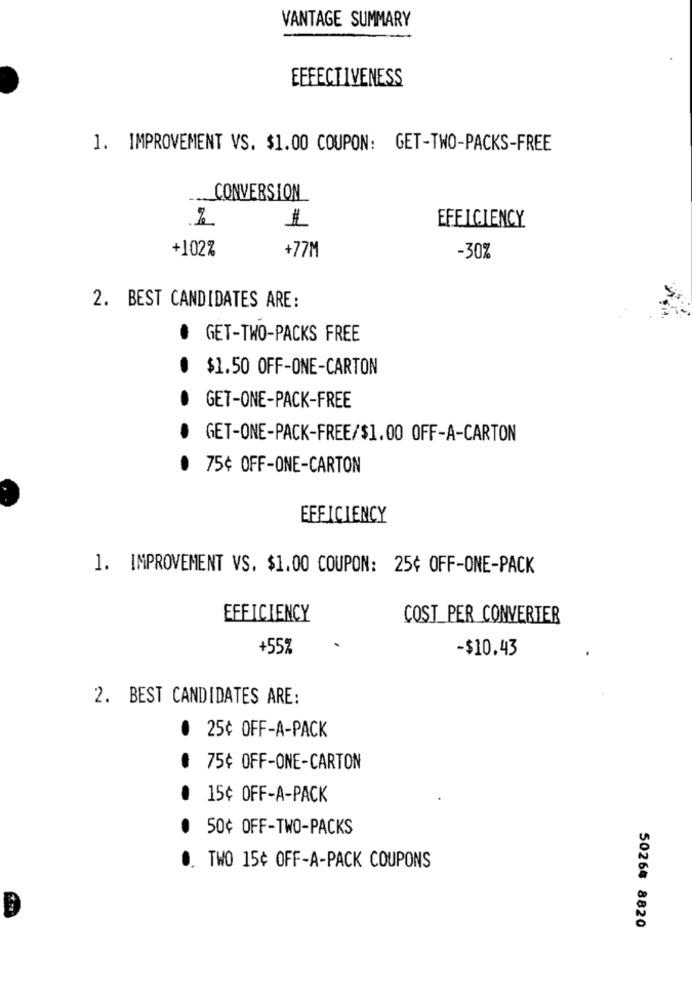
VANTAGE SUMMARY
EFFECTIVENESS
1. IMPROVEMENT VS. $1.00 COUPON: GET-TWO-PACKS-FREE
CONVERSION
EFFICIENCY
1
+102%
+77M
-30%
2. BEST CANDIDATES ARE:
GET-TWO-PACKS FREE
$1.50 OFF-ONE-CARTON
GET-ONE-PACK-FREE
GET-ONE-PACK-FREE/$1.00 OFF-A-CARTON
75¢ OFF-ONE-CARTON
EFFICIENCY
1. IMPROVEMENT VS. $1.00 COUPON: 25¢ OFF-ONE-PACK
EFFICIENCY
COST PER CONVERTER
+55%
-$10.43
2. BEST CANDIDATES ARE:
@ 25¢ OFF-A-PACK
៛ 75¢ OFF-ONE-CARTON
15¢ OFF-A-PACK
50¢ OFF-TWO-PACKS
0. TWO 15¢ OFF-A-PACK COUPONS
50264 8820